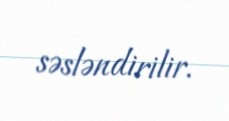
səsləndirilir.